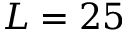
L = 2 5